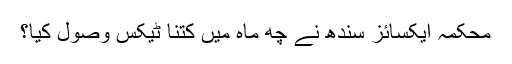
محکمہ ایکسائز سندھ نے چھ ماہ میں کتنا ٹیکس وصول کیا؟